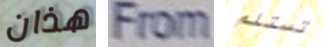
هذان From تستلم